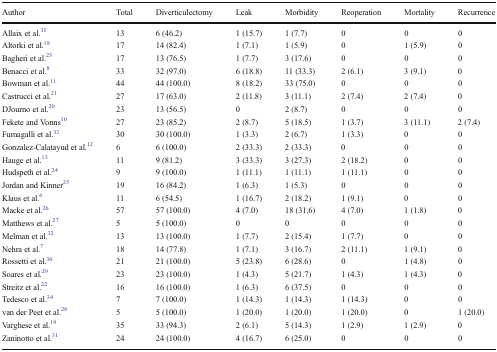
<table><thead><tr><td><b>Author</b></td><td><b>Total</b></td><td><b>Diverticulectomy</b></td><td><b>Leak</b></td><td><b>Morbidity</b></td><td><b>Reoperation</b></td><td><b>Mortality</b></td><td><b>Recurrence</b></td></tr></thead><tbody><tr><td>Allaix et al.35</td><td>13</td><td>6 (46.2)</td><td>1 (15.7)</td><td>1 (7.7)</td><td>0</td><td>0</td><td>0</td></tr><tr><td>Altorki et al.18</td><td>17</td><td>14 (82.4)</td><td>1 (7.1)</td><td>1 (5.9)</td><td>0</td><td>1 (5.9)</td><td>0</td></tr><tr><td>Bagheri et al.23</td><td>17</td><td>13 (76.5)</td><td>1 (7.7)</td><td>3 (17.6)</td><td>0</td><td>0</td><td>0</td></tr><tr><td>Benacci et al.8</td><td>33</td><td>32 (97.0)</td><td>6 (18.8)</td><td>11 (33.3)</td><td>2 (6.1)</td><td>3 (9.1)</td><td>0</td></tr><tr><td>Bowman et al.11</td><td>44</td><td>44 (100.0)</td><td>8 (18.2)</td><td>33 (75.0)</td><td>0</td><td>0</td><td>0</td></tr><tr><td>Castrucci et al.21</td><td>27</td><td>17 (63.0)</td><td>2 (11.8)</td><td>3 (11.1)</td><td>2 (7.4)</td><td>2 (7.4)</td><td>0</td></tr><tr><td>DJourno et al.20</td><td>23</td><td>13 (56.5)</td><td>0</td><td>2 (8.7)</td><td>0</td><td>0</td><td>0</td></tr><tr><td>Fekete and Vonns10</td><td>27</td><td>23 (85.2)</td><td>2 (8.7)</td><td>5 (18.5)</td><td>1 (3.7)</td><td>3 (11.1)</td><td>2 (7.4)</td></tr><tr><td>Fumagalli et al.33</td><td>30</td><td>30 (100.0)</td><td>1 (3.3)</td><td>2 (6.7)</td><td>1 (3.3)</td><td>0</td><td>0</td></tr><tr><td>Gonzalez-Calatayud et al.12</td><td>6</td><td>6 (100.0)</td><td>2 (33.3)</td><td>2 (33.3)</td><td>0</td><td>0</td><td>0</td></tr><tr><td>Hauge et al.13</td><td>11</td><td>9 (81.2)</td><td>3 (33.3)</td><td>3 (27.3)</td><td>2 (18.2)</td><td>0</td><td>0</td></tr><tr><td>Hudspeth et al.24</td><td>9</td><td>9 (100.0)</td><td>1 (11.1)</td><td>1 (11.1)</td><td>1 (11.1)</td><td>0</td><td>0</td></tr><tr><td>Jordan and Kinner25</td><td>19</td><td>16 (84.2)</td><td>1 (6.3)</td><td>1 (5.3)</td><td>0</td><td>0</td><td>0</td></tr><tr><td>Klaus et al.6</td><td>11</td><td>6 (54.5)</td><td>1 (16.7)</td><td>2 (18.2)</td><td>1 (9.1)</td><td>0</td><td>0</td></tr><tr><td>Macke et al.26</td><td>57</td><td>57 (100.0)</td><td>4 (7.0)</td><td>18 (31.6)</td><td>4 (7.0)</td><td>1 (1.8)</td><td>0</td></tr><tr><td>Matthews et al.27</td><td>5</td><td>5 (100.0)</td><td>0</td><td>0</td><td>0</td><td>0</td><td>0</td></tr><tr><td>Melman et al.32</td><td>13</td><td>13 (100.0)</td><td>1 (7.7)</td><td>2 (15.4)</td><td>1 (7.7)</td><td>0</td><td>0</td></tr><tr><td>Nehra et al.7</td><td>18</td><td>14 (77.8)</td><td>1 (7.1)</td><td>3 (16.7)</td><td>2 (11.1)</td><td>1 (9.1)</td><td>0</td></tr><tr><td>Rossetti et al.30</td><td>21</td><td>21 (100.0)</td><td>5 (23.8)</td><td>6 (28.6)</td><td>0</td><td>1 (4.8)</td><td>0</td></tr><tr><td>Soares et al.29</td><td>23</td><td>23 (100.0)</td><td>1 (4.3)</td><td>5 (21.7)</td><td>1 (4.3)</td><td>1 (4.3)</td><td>0</td></tr><tr><td>Streitz et al.22</td><td>16</td><td>16 (100.0)</td><td>1 (6.3)</td><td>6 (37.5)</td><td>0</td><td>0</td><td>0</td></tr><tr><td>Tedesco et al.34</td><td>7</td><td>7 (100.0)</td><td>1 (14.3)</td><td>1 (14.3)</td><td>1 (14.3)</td><td>0</td><td>0</td></tr><tr><td>van der Peet et al.28</td><td>5</td><td>5 (100.0)</td><td>1 (20.0)</td><td>1 (20.0)</td><td>1 (20.0)</td><td>0</td><td>1 (20.0)</td></tr><tr><td>Varghese et al.19</td><td>35</td><td>33 (94.3)</td><td>2 (6.1)</td><td>5 (14.3)</td><td>1 (2.9)</td><td>1 (2.9)</td><td>0</td></tr><tr><td>Zaninotto et al.31</td><td>24</td><td>24 (100.0)</td><td>4 (16.7)</td><td>6 (25.0)</td><td>0</td><td>0</td><td>0</td></tr></tbody></table>